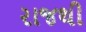
રાજથી